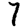
Digit: 7